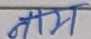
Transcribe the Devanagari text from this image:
नाम